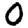
Digit: 0